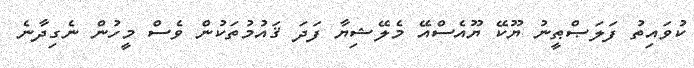
ކުވައިތު ފަލަޞްޠީނު ޔޫކޭ ޔޫއެސްއޭ މެލޭޝިޔާ ފަދަ ޤައުމުތަކުން ވެސް މީހުން ނެގިދާނެ